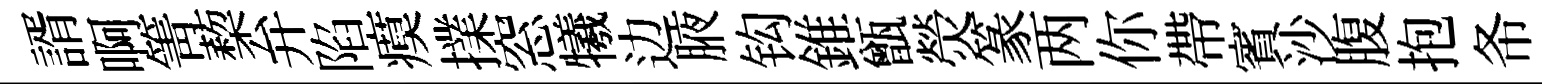
諝啊箐蔾弁陷瘼擈窓犧边腋钩錐甑熒篆两你帶賓沙腹抱𢁙